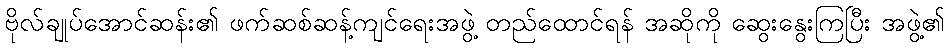
ဗိုလ်ချုပ်အောင်ဆန်း၏ ဖက်ဆစ်ဆန့်ကျင်ရေးအဖွဲ့ တည်ထောင်ရန် အဆိုကို ဆွေးနွေးကြပြီး အဖွဲ့၏